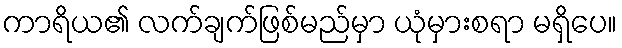
ကာရိယ၏ လက်ချက်ဖြစ်မည်မှာ ယုံမှားစရာ မရှိပေ။